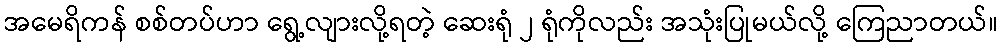
အမေရိကန် စစ်တပ်ဟာ ရွေ့လျားလို့ရတဲ့ ဆေးရုံ ၂ ရုံကိုလည်း အသုံးပြုမယ်လို့ ကြေညာတယ်။